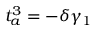
t _ { a } ^ { 3 } = - \delta \gamma _ { 1 }